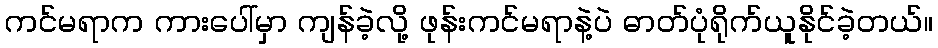
ကင်မရာက ကားပေါ်မှာ ကျန်ခဲ့လို့ ဖုန်းကင်မရာနဲ့ပဲ ဓာတ်ပုံရိုက်ယူနိုင်ခဲ့တယ်။